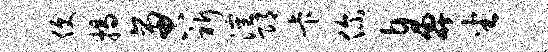
便揭啻祈沈邛卡你鼻坐